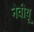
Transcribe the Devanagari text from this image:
नेवीयू